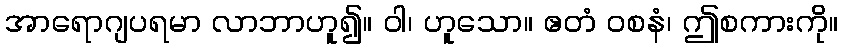
အာရောဂျပရမာ လာဘာဟူ၍။ ဝါ၊ ဟူသော။ ဧတံ ဝစနံ၊ ဤစကားကို။